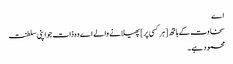
اے
سخاوت کے ہاتھ [ ہر کسی پر ] پھیلانے والے اے وہ ذات جو اپنی سلطنت
محمود ہے ۔